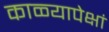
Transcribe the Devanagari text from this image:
काळ्यापेक्षां